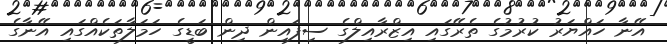
އޭނާ ހައްޔަރު ކުރުމުގެ ތެރޭގައި އިޒްރާއިލްގެ ސިފައިން ދިން ބަޑީގެ ހަމަލާތަކެއްގައި އޭނާގެ